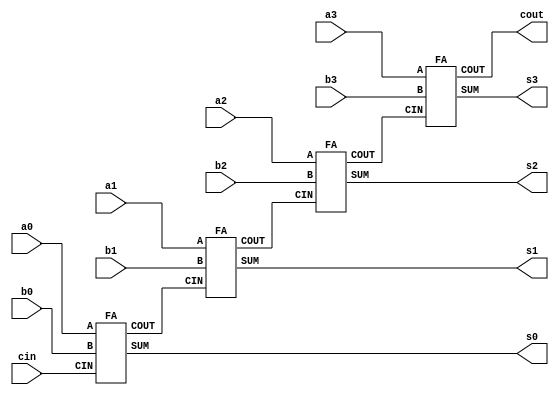
module fulladder_rn(a0,a1,a2,a3, b0,b1,b2,b3, cin, s0, s1, s2, s3, cout);
input a0,a1,a2,a3, b0,b1,b2,b3, cin;
output s0, s1, s2, s3, cout;
wire c1, c2, c3;
FA f1(a0, b0, cin, s0, c1);
FA f2(a1, b1, c1, s1, c2);
FA f3(a2, b2, c2, s2, c3);
FA f4(a3, b3, c3, s3, cout);
endmodule

module FA(A,B, CIN, SUM, COUT);
input A,B,CIN;
output SUM, COUT;
assign SUM=A^B^CIN;
assign COUT= (A&B)|(B&CIN)|(CIN & A);
endmodule